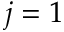
j = 1